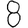
Digit: 8